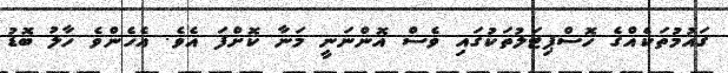
ގައުމުތަކެއްގެ ހޮސްޕިޓަލުތަކުގައި ވެސް އޮންނަނީ މަނާ ކޮށްފަ އެވެ. އެހެންވެ ހާލު ބޮޑު